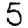
Digit: 5